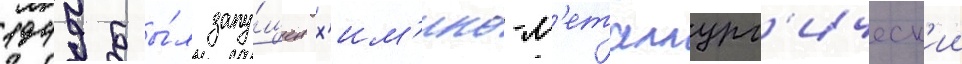
1949 бы́л запу́щен х'им'ико-м'еталлург'ическ'ии